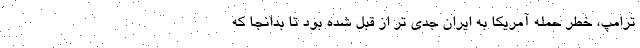
ترامپ، خطر حمله آمریکا به ایران جدی تر از قبل شده بود تا بدانجا که